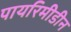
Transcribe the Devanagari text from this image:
पायरिमीडीन